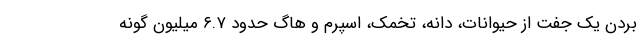
بردن یک جفت از حیوانات، دانه، تخمک، اسپرم و هاگ حدود ۶.۷ میلیون گونه